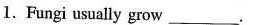
1.Fungi usually grow ___.